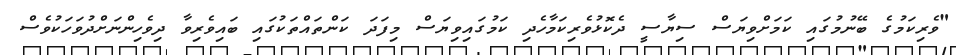
"ވެރިކަމުގެ ބޭނުމުގައި ކަމަށްވިޔަސް ސިޔާސީ ދެކޮޅުވެރިކަމާހެދި ކަމުގައިވިޔަސް މިފަދަ ކަންތައްތަކުގައި ބައިވެރިވާ ދިވެހިންނަށްދުވަހަކުވެސް